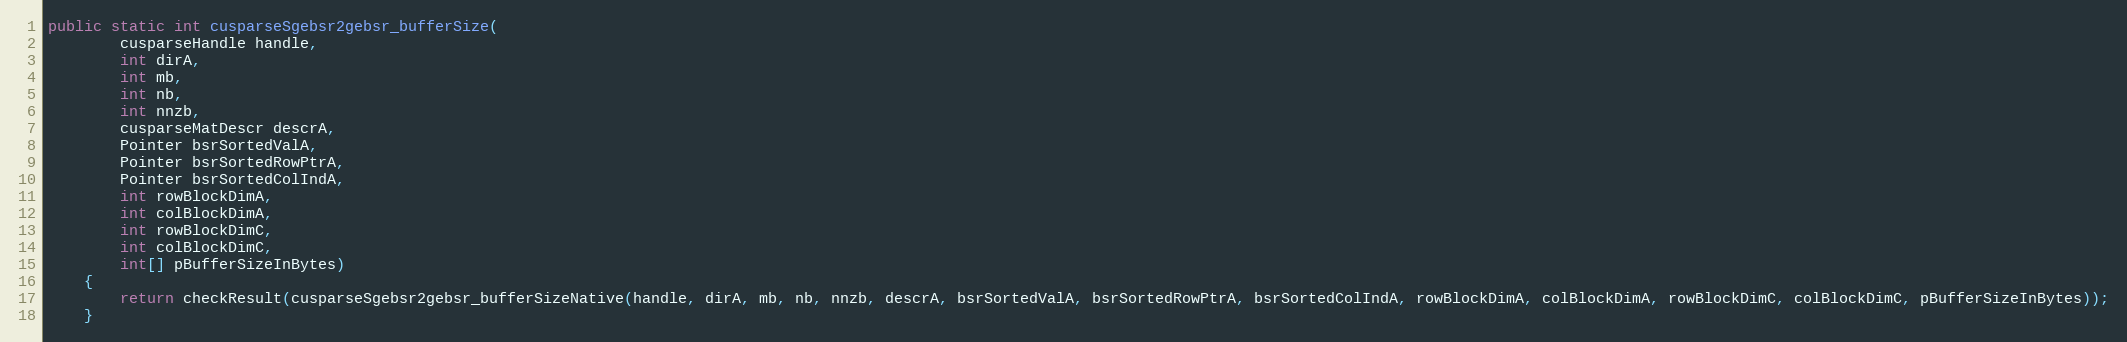
Language: Java
public static int cusparseSgebsr2gebsr_bufferSize(
        cusparseHandle handle,
        int dirA,
        int mb,
        int nb,
        int nnzb,
        cusparseMatDescr descrA,
        Pointer bsrSortedValA,
        Pointer bsrSortedRowPtrA,
        Pointer bsrSortedColIndA,
        int rowBlockDimA,
        int colBlockDimA,
        int rowBlockDimC,
        int colBlockDimC,
        int[] pBufferSizeInBytes)
    {
        return checkResult(cusparseSgebsr2gebsr_bufferSizeNative(handle, dirA, mb, nb, nnzb, descrA, bsrSortedValA, bsrSortedRowPtrA, bsrSortedColIndA, rowBlockDimA, colBlockDimA, rowBlockDimC, colBlockDimC, pBufferSizeInBytes));
    }